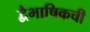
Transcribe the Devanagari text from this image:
द्वैभाषिकची